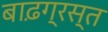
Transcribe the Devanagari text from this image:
बाढ़ग्रस्‍त